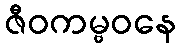
ဇီဝကမ္ဗဝနေ